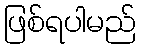
ဖြစ်ရပါမည်